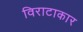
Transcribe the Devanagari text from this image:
विराटाकार